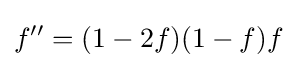
f''=(1-2f)(1-f)f